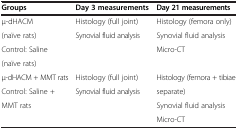
<table><thead><tr><td><b>Groups</b></td><td><b>Day 3 measurements</b></td><td><b>Day 21 measurements</b></td></tr></thead><tbody><tr><td>μ-dHACM</td><td>Histology (full joint)</td><td>Histology (femora only)</td></tr><tr><td>(naïve rats)</td><td>Synovial fluid analysis</td><td>Synovial fluid analysis</td></tr><tr><td>Control: Saline</td><td> </td><td>Micro-CT</td></tr><tr><td>(naïve rats)</td><td> </td><td> </td></tr><tr><td>μ-dHACM + MMT rats</td><td>Histology (full joint)</td><td>Histology (femora + tibiae</td></tr><tr><td>Control: Saline +</td><td>Synovial fluid analysis</td><td>separate)</td></tr><tr><td>MMT rats</td><td> </td><td>Synovial fluid analysis</td></tr><tr><td> </td><td> </td><td>Micro-CT</td></tr></tbody></table>